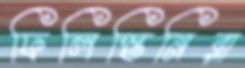
ফিলিস্তিনিরা